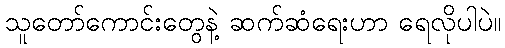
သူတော်ကောင်းတွေနဲ့ ဆက်ဆံရေးဟာ ရေလိုပါပဲ။